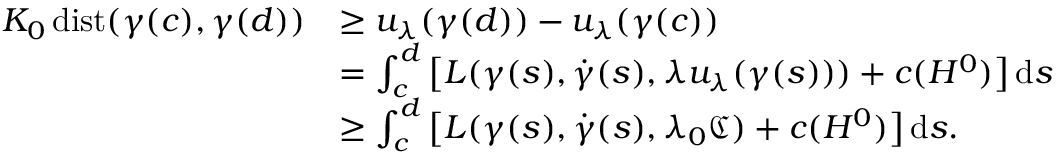
\begin{array} { r l } { K _ { 0 } \, \mathrm { d i s t } ( \gamma ( c ) , \gamma ( d ) ) } & { \geq u _ { \lambda } ( \gamma ( d ) ) - u _ { \lambda } ( \gamma ( c ) ) } \\ & { = \int _ { c } ^ { d } \big [ L ( \gamma ( s ) , \dot { \gamma } ( s ) , \lambda u _ { \lambda } ( \gamma ( s ) ) ) + c ( H ^ { 0 } ) \big ] \, \mathrm { d } s } \\ & { \geq \int _ { c } ^ { d } \big [ L ( \gamma ( s ) , \dot { \gamma } ( s ) , \lambda _ { 0 } { \mathfrak C } ) + c ( H ^ { 0 } ) \big ] \, \mathrm { d } s . } \end{array}